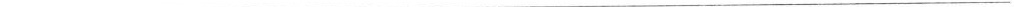
___